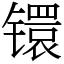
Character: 镮